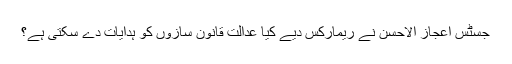
جسٹس اعجاز الاحسن نے ریمارکس دیے کیا عدالت قانون سازوں کو ہدایات دے سکتی ہے؟